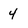
Character: 4